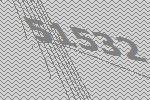
51532